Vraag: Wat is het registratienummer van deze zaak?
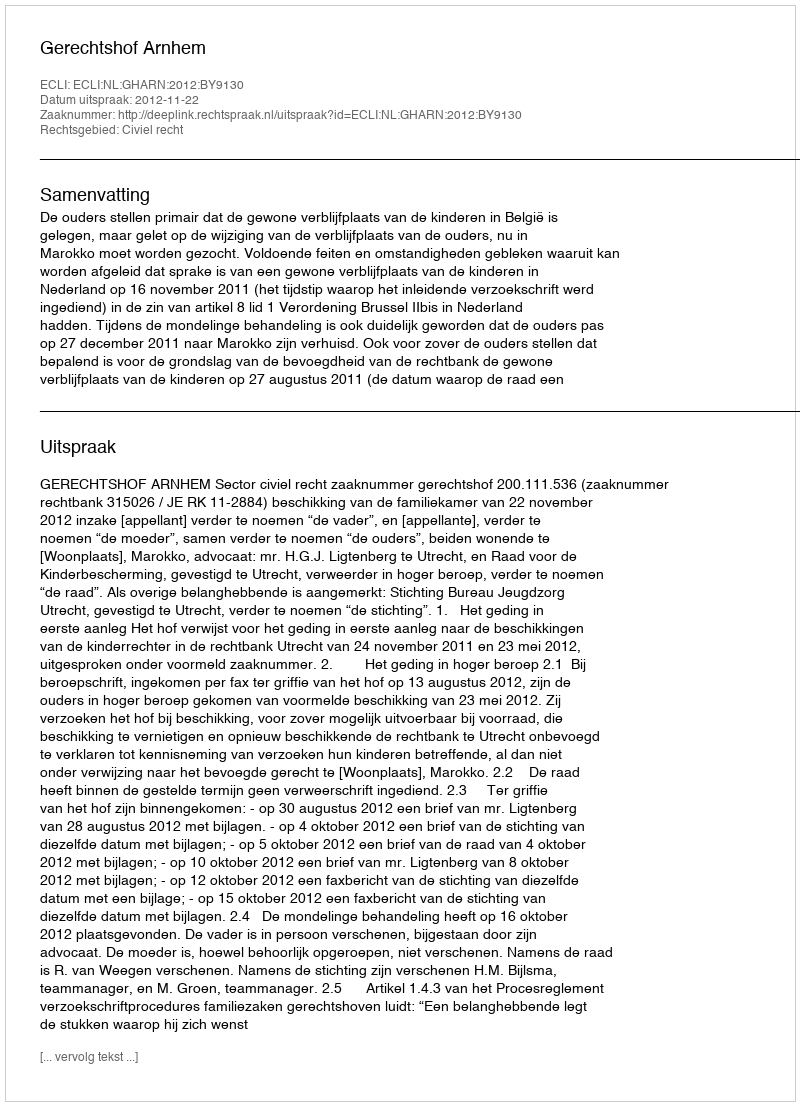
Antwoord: http://deeplink.rechtspraak.nl/uitspraak?id=ECLI:NL:GHARN:2012:BY9130